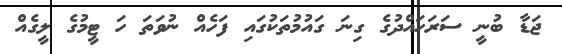
ޖަޑާ ބުނީ ސަރަހައްދުގެ ގިނަ ގައުމުތަކުގައި ފަހެއް ނުވަތަ ހަ ޓީމުގެ ލީގެއް